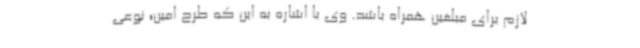
لازم برای مبلغین همراه باشد. وی با اشاره به این که طرح امین؛ نوعی